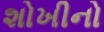
શોખીનો